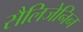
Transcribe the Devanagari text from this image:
सैलिजेनिन